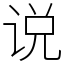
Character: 说